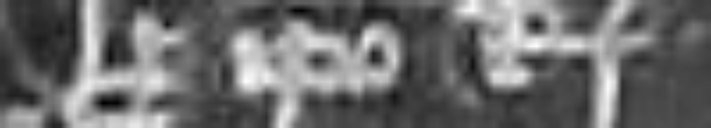
pro ipso rege